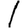
Digit: 1